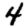
Digit: 4